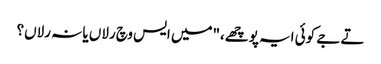
تے جے کوئی ایہ پوچھے،"میں ایس وچ رلاں یا نہ رلاں؟